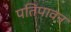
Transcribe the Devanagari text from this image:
पतिपावन